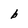
Character: b